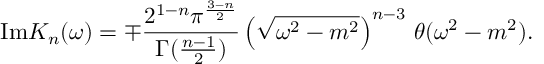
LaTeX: \mathrm { I m } K _ { n } ( \omega ) = \mp \frac { 2 ^ { 1 - n } \pi ^ { \frac { 3 - n } { 2 } } } { \Gamma ( \frac { n - 1 } { 2 } ) } \left( \sqrt { \omega ^ { 2 } - m ^ { 2 } } \right) ^ { n - 3 } \, \theta ( \omega ^ { 2 } - m ^ { 2 } ) .